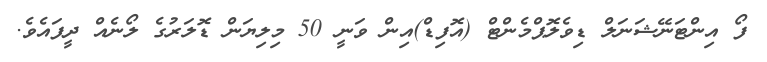
ފޯ އިންޓަނޭޝަނަލް ޑިވެލޮޕްމެންޓް (އޮފިޑް)އިން ވަނީ 50 މިލިޔަން ޑޮލަރުގެ ލޯނެއް ދީފައެވެ.